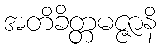
အတိခိတ္တမဇ္ဇာနိ